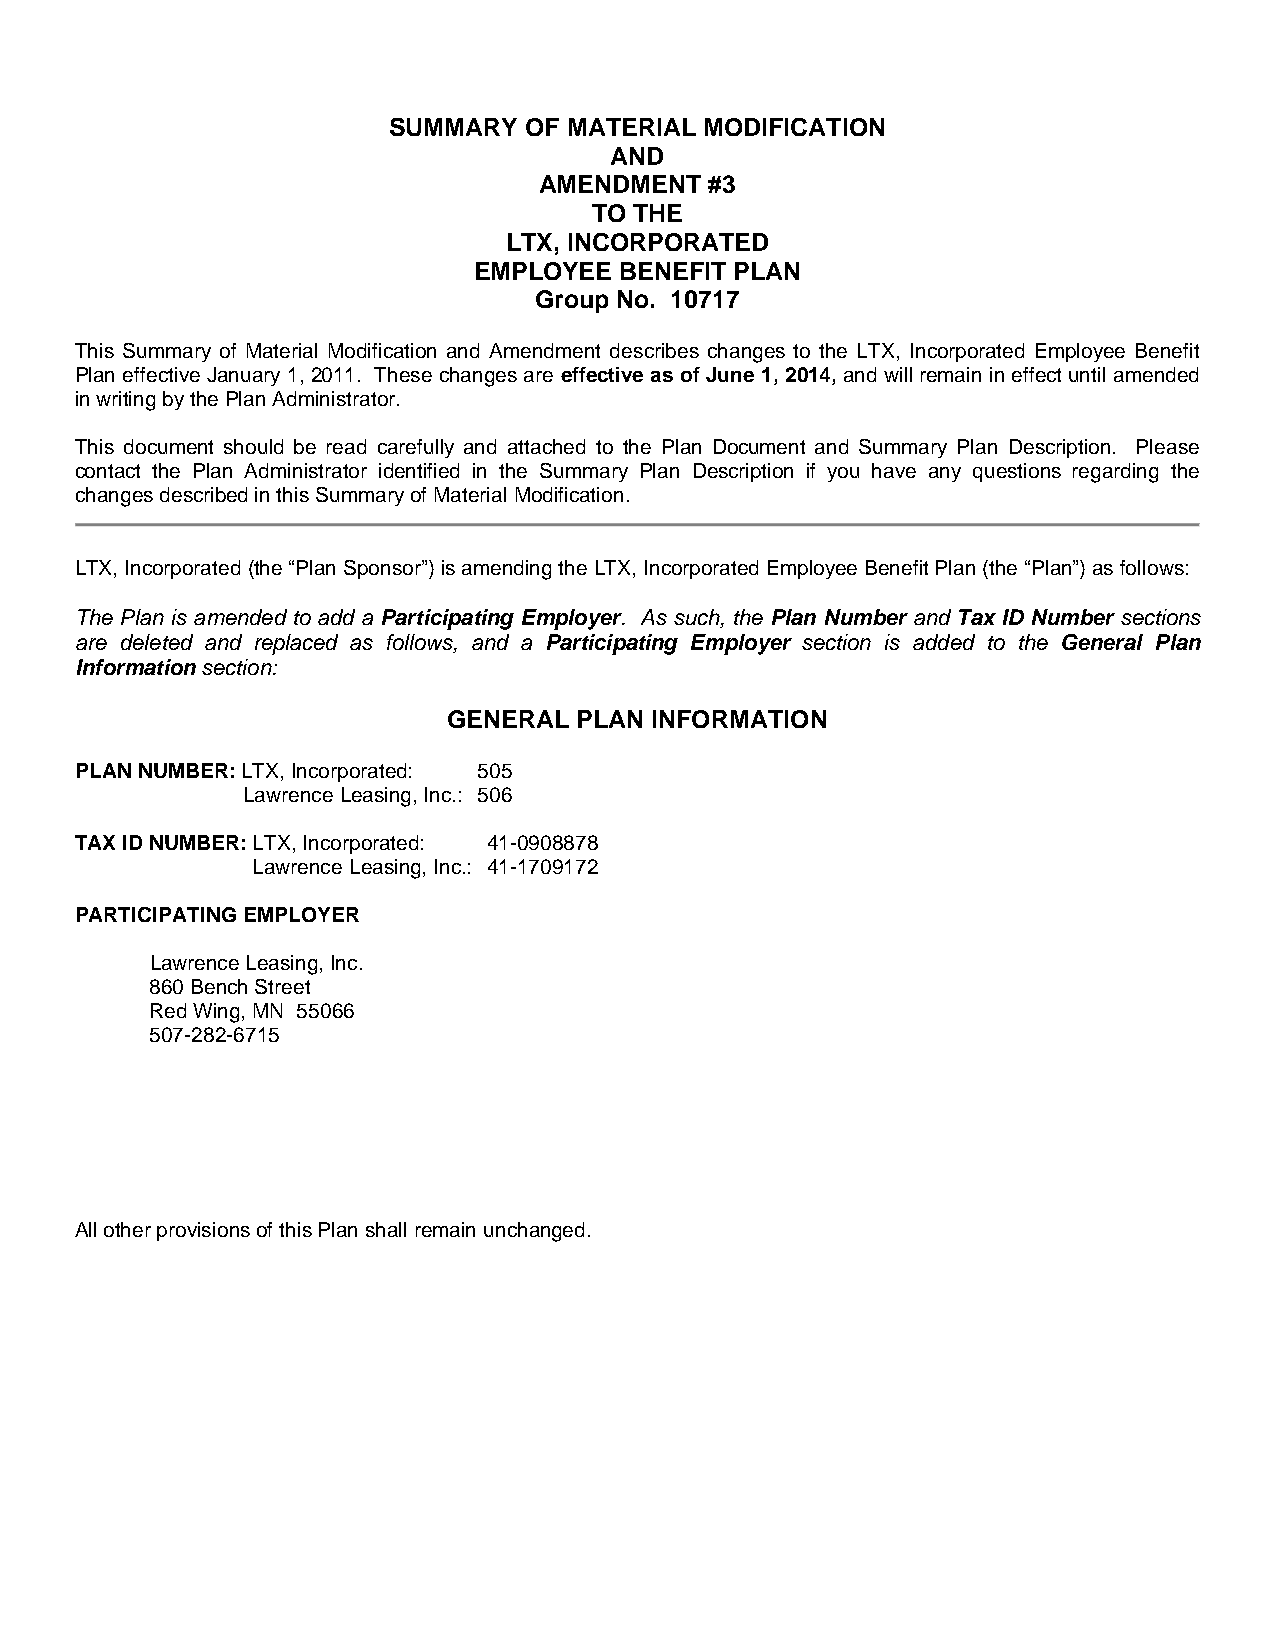
SUMMARY  OF MATERIAL MODIFICATION
 AND
 AMENDMENT  #3
 TO THE
 LTX, INCORPORATED
 EMPLOYEE  BENEFIT PLAN
 Group No. 10717
 This Summary of Material Modification and Amendment describes changes to the LTX, Incorporated Employee Benefit
 Plan effective January 1, 2011. These changes are effective as of June 1, 2014, and will remain in effect until amended
 in writing by the Plan Administrator.
 This document should be read carefully and attached to the Plan Document and Summary Plan Description. Please
 contact the Plan Administrator identified in the Summary Plan Description if you have any questions regarding the
 changes described in this Summary of Material Modification.
 LTX, Incorporated (the “Plan Sponsor”) is amending the LTX, Incorporated Employee Benefit Plan (the “Plan”) as follows:
 The Plan is amended to add a Participating Employer. As such, the Plan Number and Tax ID Number sections
 are deleted and replaced as follows, and a Participating Employer section is added to the General Plan
 Information section:
 GENERAL PLAN INFORMATION
 PLAN NUMBER: LTX, Incorporated: 505
 Lawrence Leasing, Inc.: 506
 TAX ID NUMBER: LTX, Incorporated: 41-0908878
 Lawrence Leasing, Inc.: 41-1709172
 PARTICIPATING EMPLOYER
 Lawrence Leasing, Inc.
 860 Bench Street
 Red Wing, MN 55066
 507-282-6715
 All other provisions of this Plan shall remain unchanged.